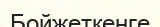
Бойжеткенге